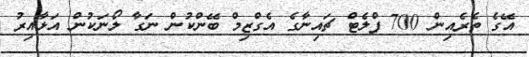
އޭގެ ތެރެއިން 700 ފްލެޓް ޗައިނާގެ އެގްޒިމް ބޭންކުން ނަގާ ލޯނަކުން އަޅާއިރު